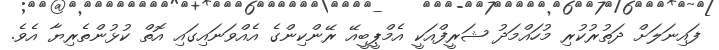
ފައިނަލަށް ދަތުރުކުރި މުހައްމަދު ޝަރީފްއަކީ އެމްޕީބީއޭ ރޭންކިންގެ އެއްވަނައިގައި އޮތް ކުޅުންތެރިޔާ އެވެ.